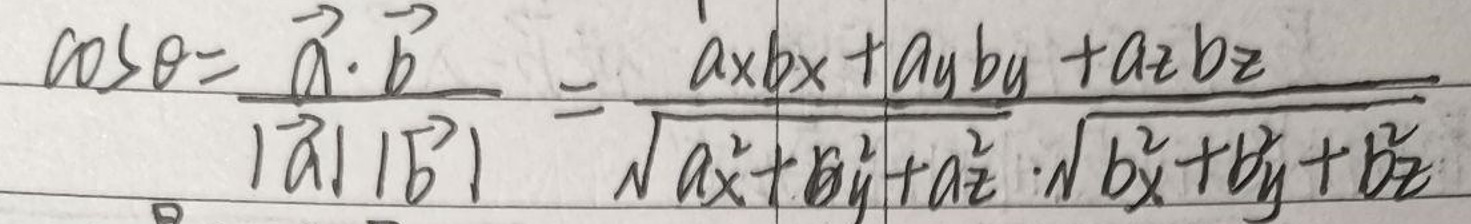
\[
\cos\theta = \frac{\vec{a} \cdot \vec{b}}{\vert\vec{a}\vert\vert\vec{b}\vert} = \frac{a_x b_x + a_y b_y + a_z b_z}{\sqrt{a_x^2 + a_y^2 + a_z^2} \cdot \sqrt{b_x^2 + b_y^2 + b_z^2}}
\]